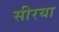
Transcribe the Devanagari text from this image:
सीरया